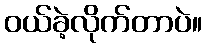
ဝယ်ခဲ့လိုက်တာပဲ။